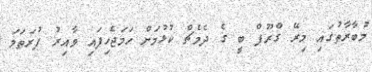
މުބާރާތުގައި މިރޭ ގްރޫޕް ބީ ގެ ދެމެޗް ކުޅުމަށް ހަމަޖެހިފައި ވާއިރު ފުރަތަމަ